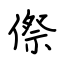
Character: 傺